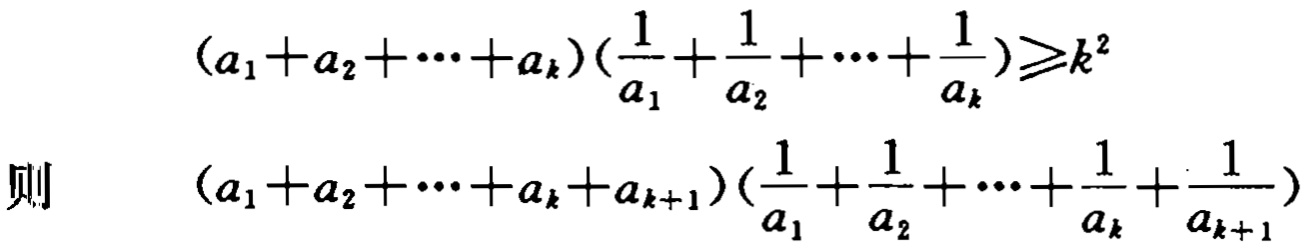
\[(a_{1}+a_{2}+\cdots +a_{k})\left(\frac{1}{a_{1}}+\frac{1}{a_{2}}+\cdots +\frac{1}{a_{k}}\right)\geqslant k^{2}\]

则 \[(a_{1}+a_{2}+\cdots +a_{k}+a_{k + 1})\left(\frac{1}{a_{1}}+\frac{1}{a_{2}}+\cdots +\frac{1}{a_{k}}+\frac{1}{a_{k + 1}}\right)\]